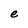
Character: e